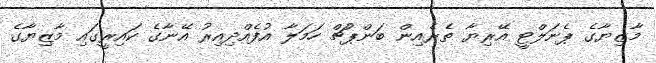
މާޒިޔާގެ ޕެނަލްޓީ އޭރިޔާ ތެރެއިން ބަންޕުޗް ހަމަލާ އުފެއްދިއިރު އޭނާގެ ކައިރީގައި މާޒިޔާގެ